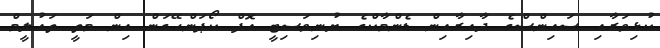
ކުޅިވަރާއި ސައިންސްގެ ދާއިރާއިން ޑެންމާކްގެ ޔުނިވަސިޓީ އޮފް ކޯޕަންހޭގަން އިން މަތީ ތައުލީމް